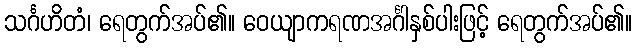
သင်္ဂဟိတံ၊ ရေတွက်အပ်၏။ ဝေယျာကရဏအင်္ဂါနှစ်ပါးဖြင့် ရေတွက်အပ်၏။